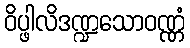
ဝိပ္ဖါလိဒဏ္ဍသောဝဏ္ဏံ